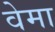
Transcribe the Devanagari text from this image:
वेमा